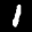
Label: 1